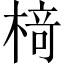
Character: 𬃪